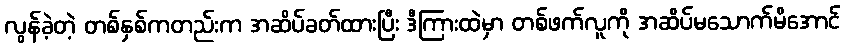
လွန်ခဲ့တဲ့ တစ်နှစ်ကတည်းက အဆိပ်ခတ်ထားပြီး ဒီကြားထဲမှာ တစ်ဖက်လူကို အဆိပ်မသောက်မိအောင်